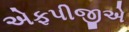
એફપીજીએ